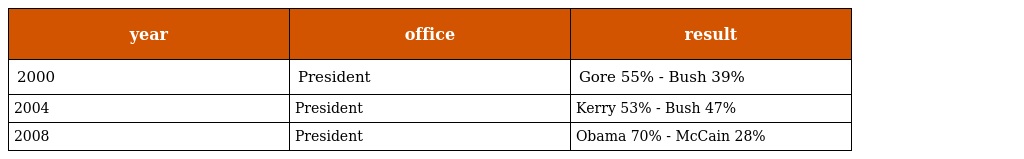
| year | office | result |
 | --- | --- | --- |
 | 2000 | President | Gore 55% - Bush 39% |
 | 2004 | President | Kerry 53% - Bush 47% |
 | 2008 | President | Obama 70% - McCain 28% |